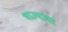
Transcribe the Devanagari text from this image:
भाज्यांवर